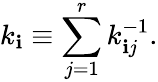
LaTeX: k_{\mathbf{i}}\equiv\sum_{j=1}^{r}k_{\mathbf{i}j}^{-1}.